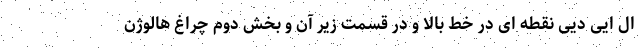
ال ایی دیی نقطه ای در خط بالا و در قسمت زیر آن و بخش دوم چراغ هالوژن